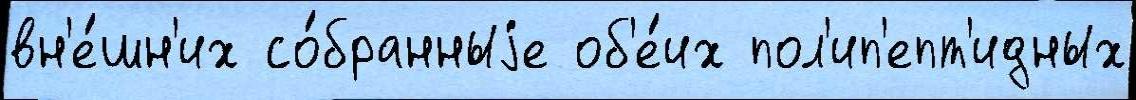
вн'е́шн'их со́бранныjе об'е́их пол'ип'епт'идных